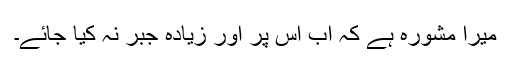
میرا مشورہ ہے کہ اب اس پر اور زیادہ جبر نہ کیا جائے۔